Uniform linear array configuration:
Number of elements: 16
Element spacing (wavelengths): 0.75
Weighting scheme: hamming
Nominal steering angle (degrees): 60
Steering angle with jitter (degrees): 58.317
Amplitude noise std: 0.05
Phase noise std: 0.05

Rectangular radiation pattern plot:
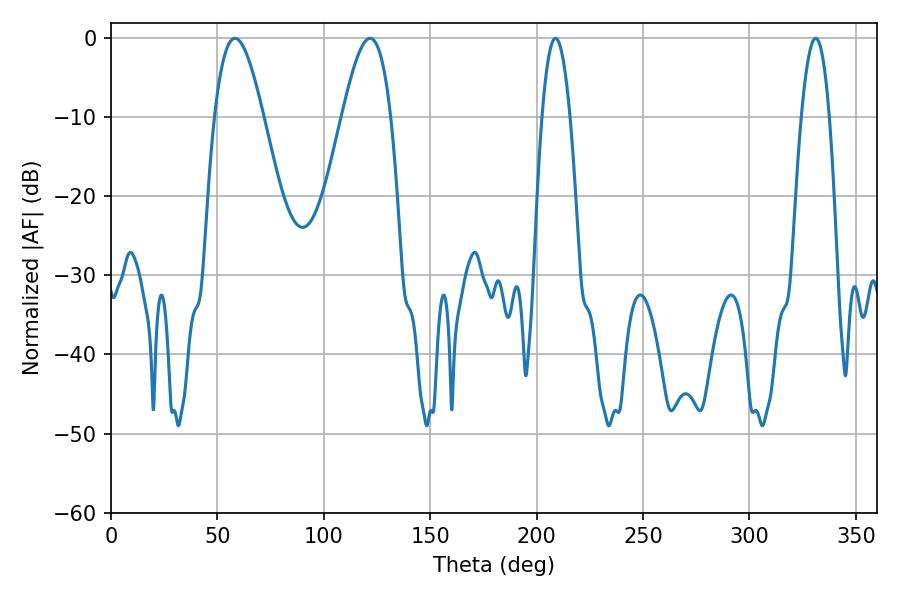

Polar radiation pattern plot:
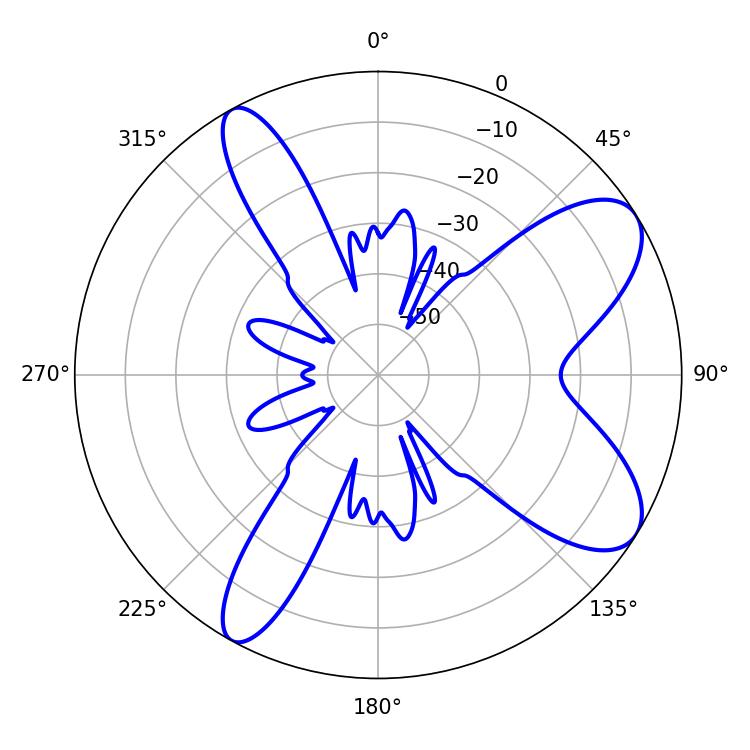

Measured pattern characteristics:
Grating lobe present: TRUE
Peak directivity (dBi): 8.625
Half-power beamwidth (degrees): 12.42
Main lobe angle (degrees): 121.68